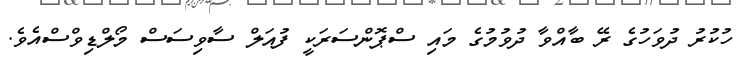
ހުކުރު ދުވަހުގެ ރޭ ބާއްވާ ދުވުމުގެ މައި ސްޕޮންސަރަކީ ފުއަލް ސާވިސަސް މޯލްޑިވްސްއެވެ.